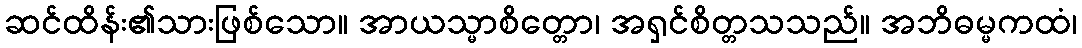
ဆင်ထိန်း၏သားဖြစ်သော။ အာယသ္မာစိတ္တော၊ အရှင်စိတ္တသသည်။ အဘိဓမ္မကထံ၊